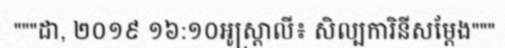
"""ដា, ២០១៩ ១៦:១០អូស្ត្រាលី៖ សិល្បការិនីសម្តែង"""